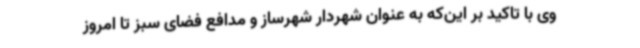
وی با تاکید بر این‌که به عنوان شهردار شهرساز و مدافع فضای سبز تا امروز